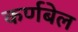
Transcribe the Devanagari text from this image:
कर्णबेल